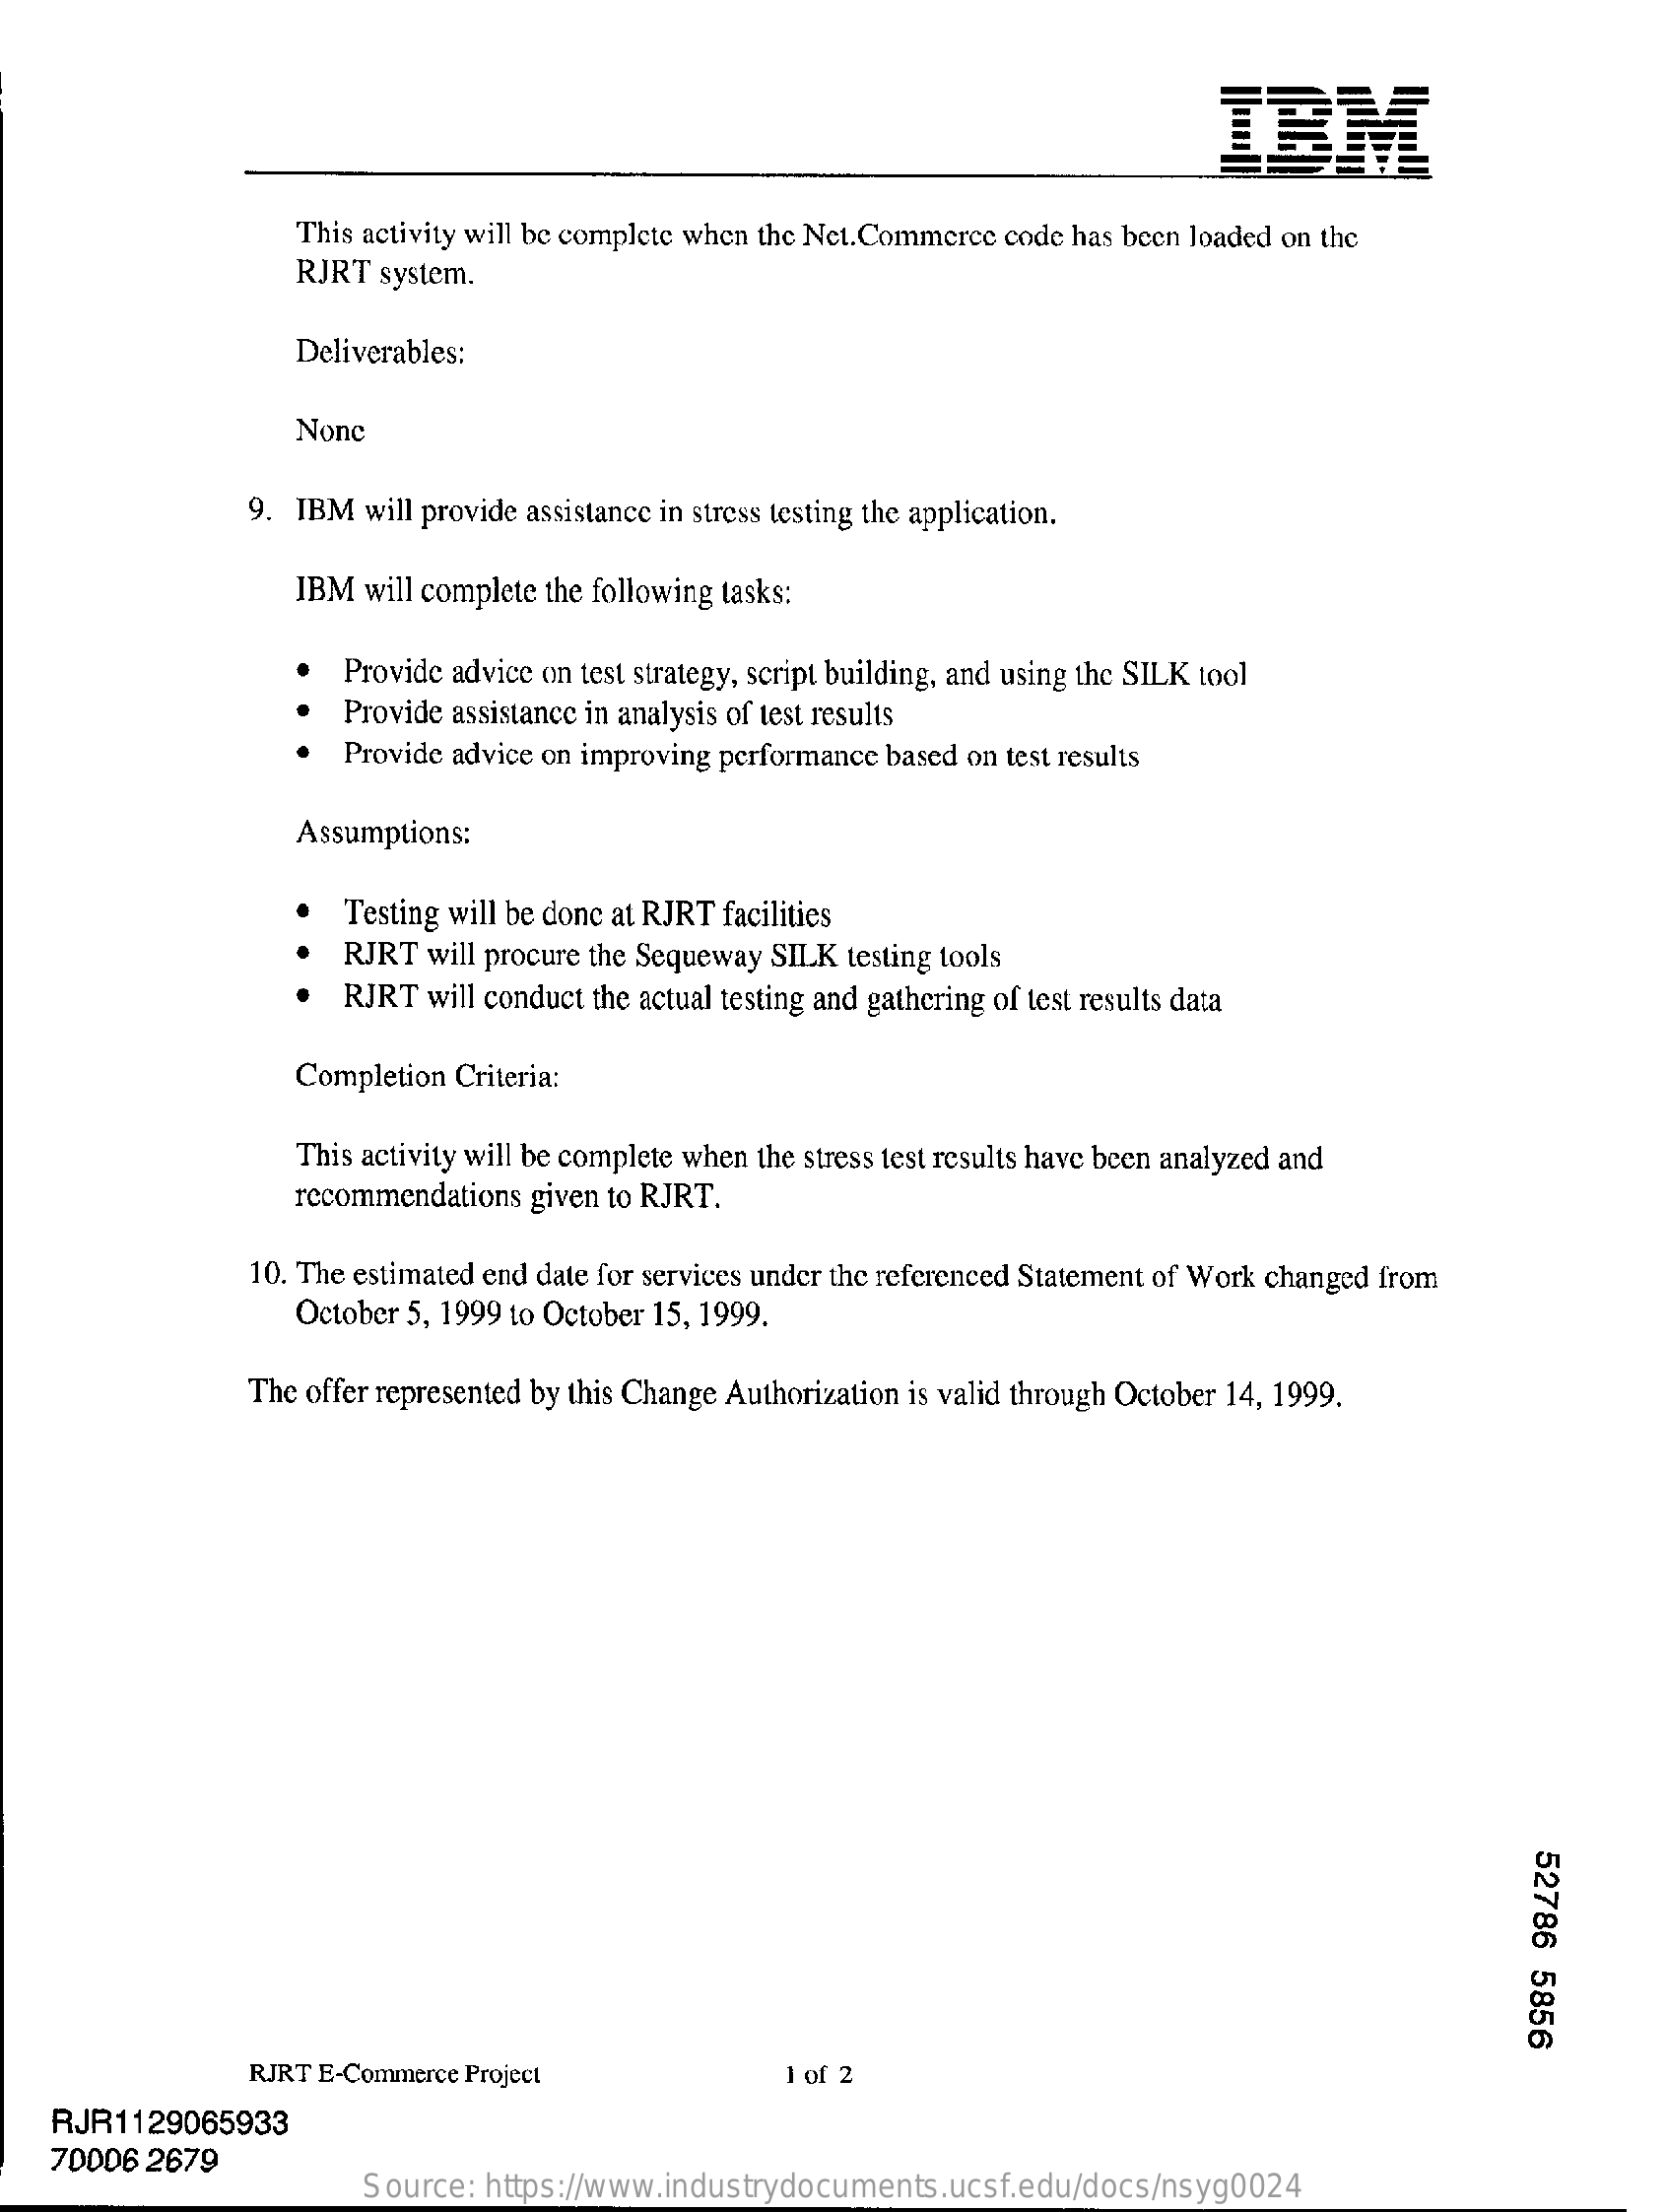
IBM
     This activity will be complete when the Net. Commerce code has been loaded on the
     RJRT system.
     Deliverables:
     Nonc
     9. IBM  will provide assistance in stress testing the application.
     IBM  will complete the following tasks:
     Provide advice on test strategy, script building, and using the SILK tool
     Provide assistance in analysis of test results
     Provide advice on improving performance based on test results
     Assumptions:
     Testing will be donc at RJRT facilities
     RJRT will procure the Sequeway SILK testing tools
     RJRT  will conduct the actual testing and gathering of test results data
     Completion Criteria:
     This activity will be complete when the stress test results have been analyzed and
     recommendations given to RJRT.
     10. The estimated end date for services under the referenced Statement of Work changed from
     October 5, 1999 to October 15, 1999.
     The offer represented by this Change Authorization is valid through October 14, 1999.
     52786
     5856
     RJRT E-Commerce Project    1 of 2
    RJR1129065933
    70006 2679
     Source: https://www.industrydocuments.ucsf.edu/docs/nsyg0024